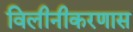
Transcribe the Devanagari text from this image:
विलीनीकरणास